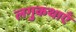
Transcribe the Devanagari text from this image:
लगुकथाएँ